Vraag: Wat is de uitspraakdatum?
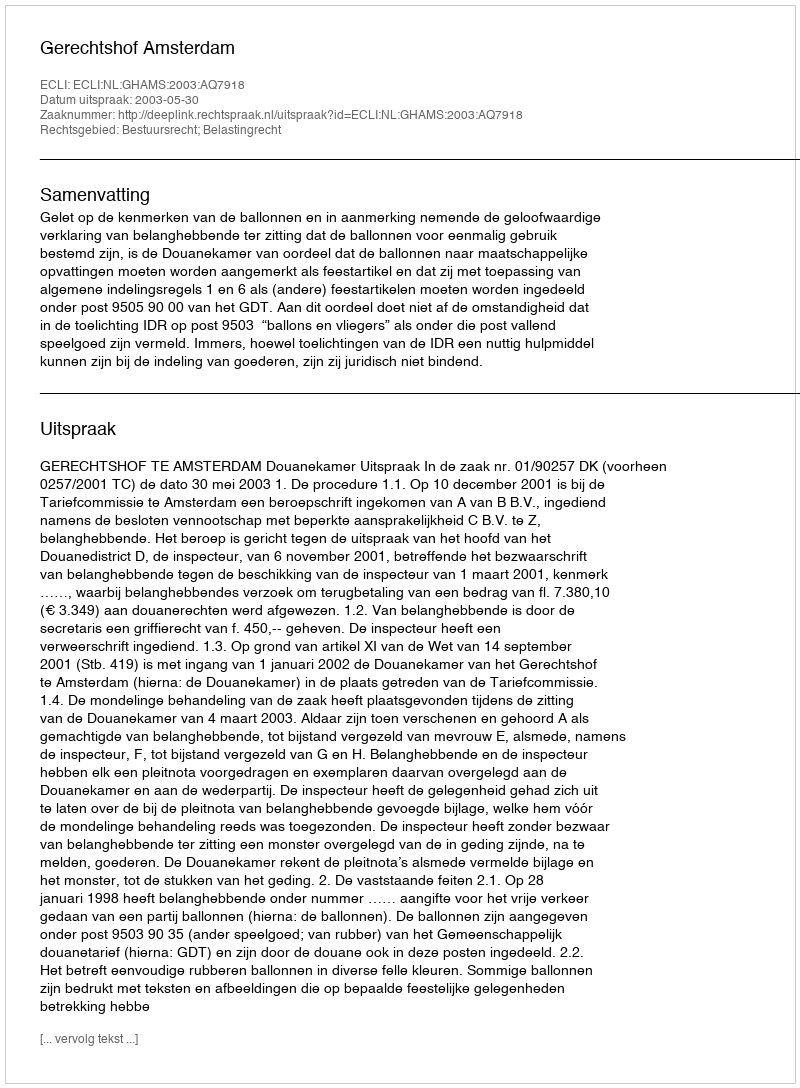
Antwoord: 2003-05-30